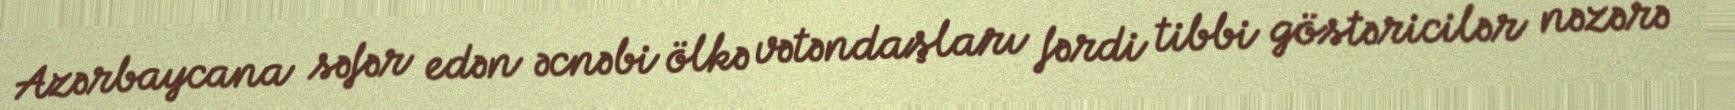
Azərbaycana səfər edən əcnəbi ölkə vətəndaşları fərdi tibbi göstəricilər nəzərə